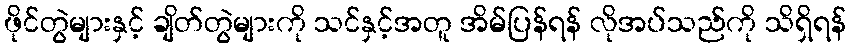
ဖိုင်တွဲများနှင့် ချိတ်တွဲများကို သင်နှင့်အတူ အိမ်ပြန်ရန် လိုအပ်သည်ကို သိရှိရန်